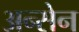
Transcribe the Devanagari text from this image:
अन्सेन